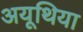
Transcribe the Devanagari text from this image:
अयूथिया